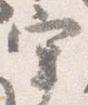
宰